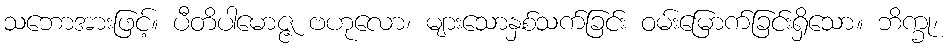
သဘောအားဖြင့်။ ပီတိပါမောဇ္ဇ ဗဟုလော၊ များသောနှစ်သက်ခြင်း ဝမ်းမြောက်ခြင်းရှိသော။ ဘိက္ခု၊